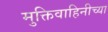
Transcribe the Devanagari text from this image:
मुक्तिवाहिनीच्या